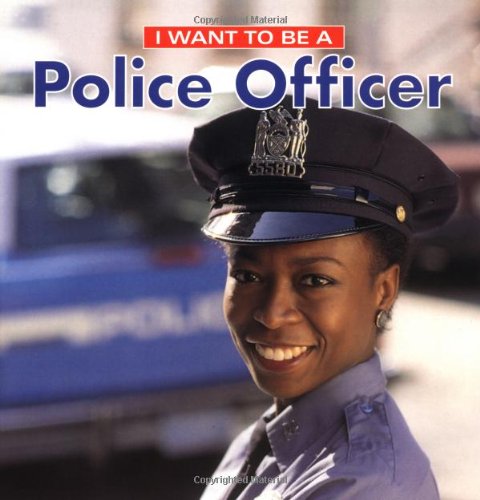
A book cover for I Want To Be A Police Officer; Dan Liebman; Children's Books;